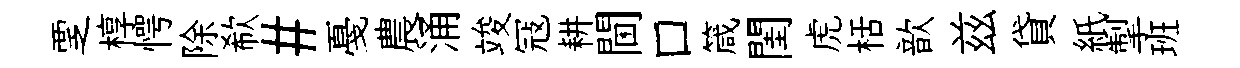
覂椁愕除欷#戞農涌竣冦耕閫口箴閨虎栝歆兹貸紙掣班